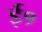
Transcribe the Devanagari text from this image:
ई१